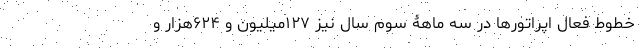
خطوط فعال اپراتورها در سه ماهۀ سوم سال نیز ۱۲۷میلیون و ۶۲۴هزار و